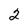
Character: 2